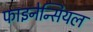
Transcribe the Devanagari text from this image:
फाइनेन्सियल